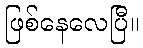
ဖြစ်နေလေပြီ။